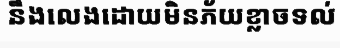
នឹងលេងដោយមិនភ័យខ្លាចទល់